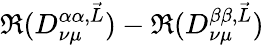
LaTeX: \Re(D_{\nu\mu}^{\alpha\alpha,\vec{L}})-\Re(D_{\nu\mu}^{\beta\beta,\vec{L}})